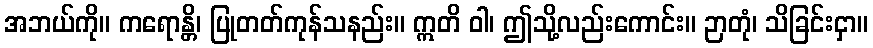
အဘယ်ကို။ ကရောန္တိ၊ ပြုတတ်ကုန်သနည်း။ ဣတိ ဝါ၊ ဤသို့လည်းကောင်း။ ဉာတုံ၊ သိခြင်းငှာ။